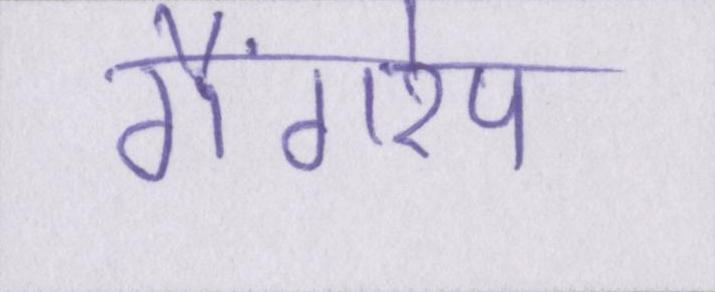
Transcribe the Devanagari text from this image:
गैंगरेप